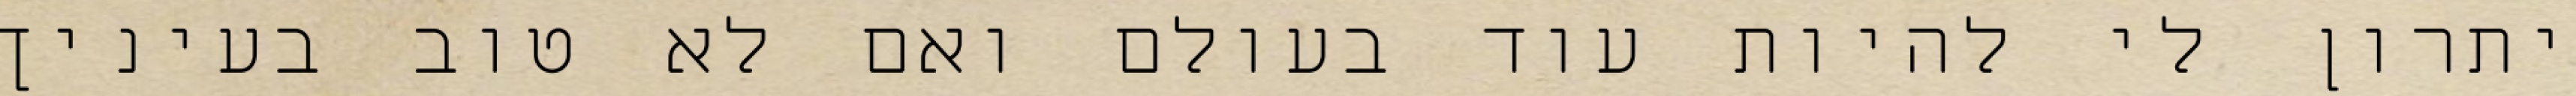
יתרון לי להיות עוד בעולם ואם לא טוב בעיניך